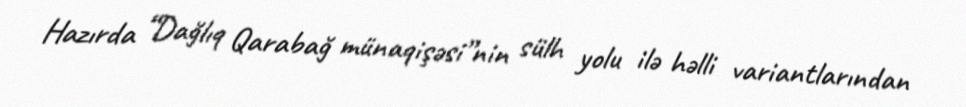
Hazırda “Dağlıq Qarabağ münaqişəsi”nin sülh yolu ilə həlli variantlarından